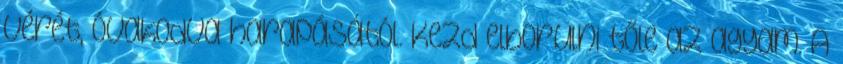
vérét, óvakodva harapásától. Kezd elborulni tőle az agyam. A